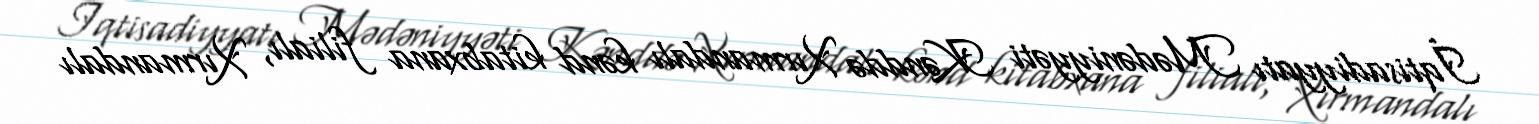
İqtisadiyyatı Mədəniyyəti Kənddə Xırmandalı kənd kitabxana filialı, Xırmandalı